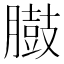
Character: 臌